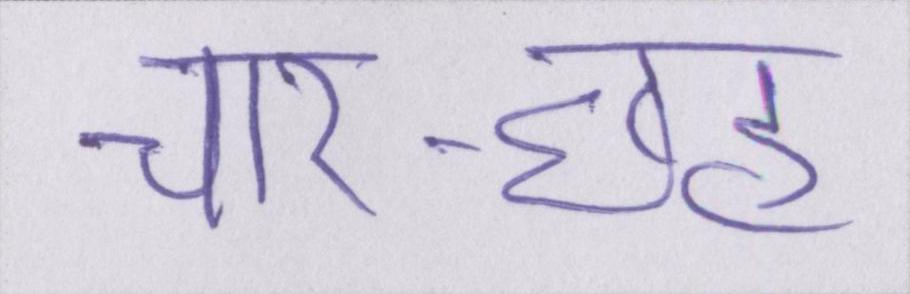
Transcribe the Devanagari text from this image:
चार-छह